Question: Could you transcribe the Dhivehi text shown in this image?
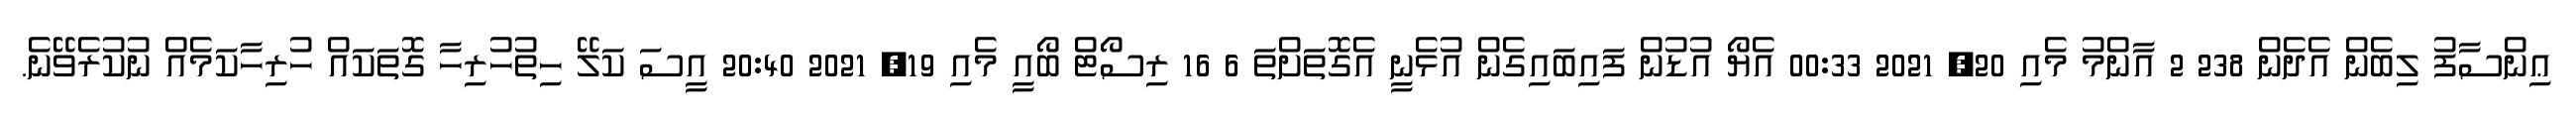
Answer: ޢިންސާފު ލިބެން އެދެން 238 2 އާންމު މެއި 20, 2021 00:33 އެޔޯ އުޑުން ފައިބައިގެން އުޅެނީ އެގޮތަށްތަ 6 16 ރިސޯޓް ބޯއީ މެއި 19, 2021 20:40 އީސަ ކަލޭ ހިތުހުރިހާ ގޮތަކައް ހުރިހާކަމެއް ނުކުރެވޭނެ.